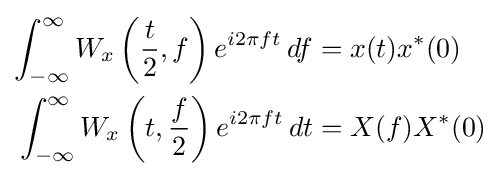
{\begin{aligned}\int _{-\infty }^{\infty }W_{x}\left({\frac {t}{2}},f\right)e^{i2\pi ft}\,df&=x(t)x^{*}(0)\\\int _{-\infty }^{\infty }W_{x}\left(t,{\frac {f}{2}}\right)e^{i2\pi ft}\,dt&=X(f)X^{*}(0)\end{aligned}}